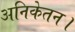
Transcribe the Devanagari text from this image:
अनिकेतन।